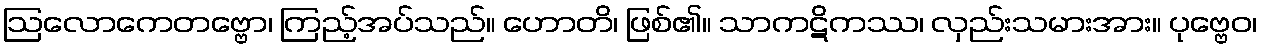
ဩလောကေတဗ္ဗော၊ ကြည့်အပ်သည်။ ဟောတိ၊ ဖြစ်၏။ သာကဋိကဿ၊ လှည်းသမားအား။ ပုဗ္ဗေဝ၊